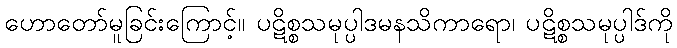
ဟောတော်မူခြင်းကြောင့်။ ပဋိစ္စသမုပ္ပါဒမနသိကာရော၊ ပဋိစ္စသမုပ္ပါဒ်ကို